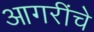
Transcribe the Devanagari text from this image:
आगरींचे